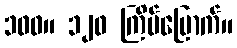
၁၀၀။ ၁၂၀ ကြိမ်မြောက်။